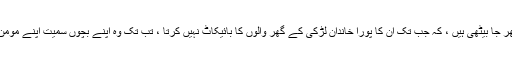
یہاں تک کے میرے دوست کی بھابی جو ،ا س جہادی کی بہن ہیں ، اپنے گھر جا بیٹھی ہیں ، کہ جب تک ان کا پورا خاندان لڑکی کے گھر والوں کا بائیکاٹ نہیں کرتا ، تب تک وہ اپنے بچوں سمیت اپنے مومن بھائی کے گھر ہی رہے گی اور شوہر کے گھر پر تھو کے گی بھی نہیں ۔